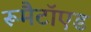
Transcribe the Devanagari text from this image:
रूमैटॉएड